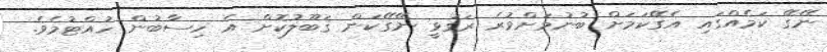
ނޭގޭ ކަމެއްގައި އެގޭކަމަށް ބުނުމަށްވުރެ ރަގަޅީ ނޭގޭކަން ޤަބޫލުކޮށް އެ ހިސާބުން ހުއްޓުމެވެ.